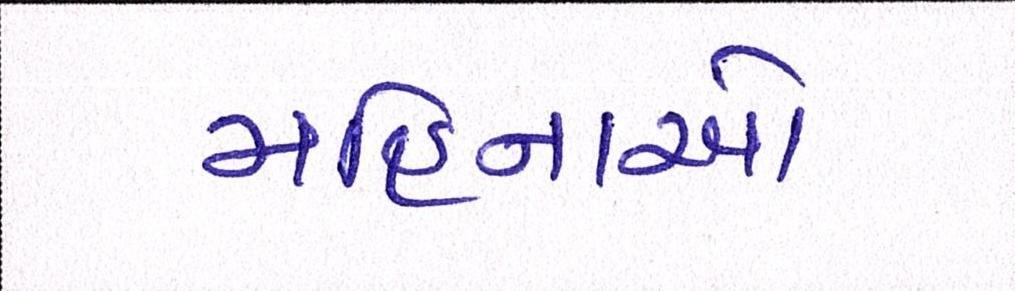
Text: મહિનાઓ